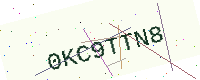
Text: 0KC9TTN8